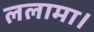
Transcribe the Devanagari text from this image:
ललामा।